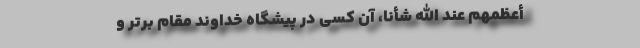
أعْظَمُهُم عِند اللّهِ شَأنا، آن کسی در پیشگاه خداوند مقام برتر و